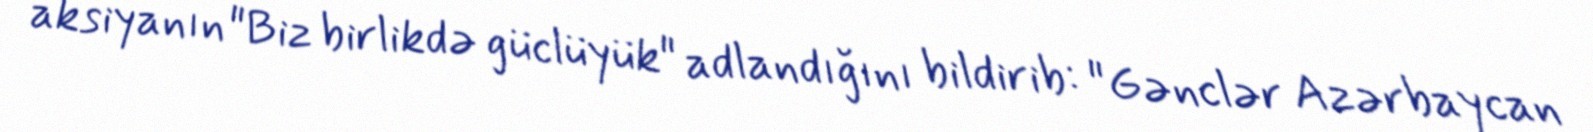
aksiyanın "Biz birlikdə güclüyük" adlandığını bildirib: "Gənclər Azərbaycan